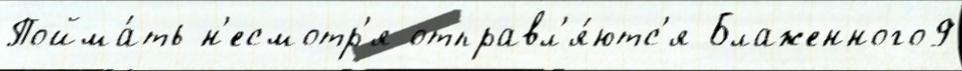
Пойма́ть н'есмотр'я отправл'я́ютс'я Блаженного9